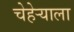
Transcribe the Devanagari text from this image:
चेहेर्‍याला